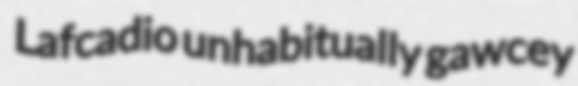
Lafcadio unhabitually gawcey